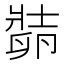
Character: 𱑛